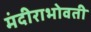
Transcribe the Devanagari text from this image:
मंदीराभोवती